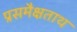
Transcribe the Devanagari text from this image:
प्रसमैक्षताथ